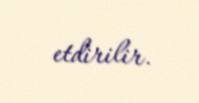
etdirilir.